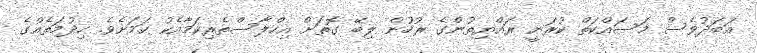
އަބަދުވެސް މަސައްކަތް ކުރަނީ ރައްޔިތުންގެ ރުހުން ލިބޭ ގޮތަށް އިހްލާސްތެރިކަމާއެކު ކަމަށެވެ. ހިދުމަތެއްގެ